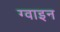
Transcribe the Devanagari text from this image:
ग्वाइन